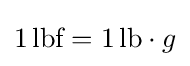
1\,{\text{lbf}}=1\,{\text{lb}}\cdot g